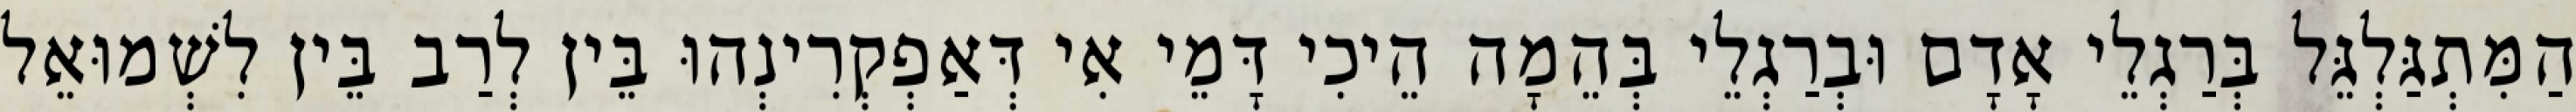
הַמִּתְגַּלְגֵּל בְּרַגְלֵי אָדָם וּבְרַגְלֵי בְּהֵמָה הֵיכִי דָּמֵי אִי דְּאַפְקְרִינְהוּ בֵּין לְרַב בֵּין לִשְׁמוּאֵל